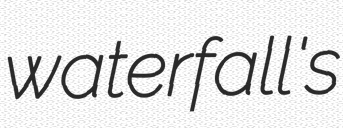
waterfall's